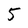
Character: 5